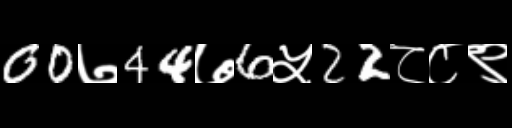
Text: 00७44७6५22८८९